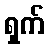
ရှက်